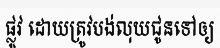
ផ្លូវ ដោយត្រូវបង់លុយជូនទៅឲ្យ